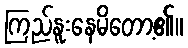
ကြည်နူးနေမိတော့၏။